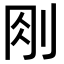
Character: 𠛧